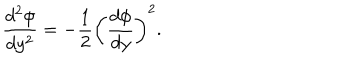
{ \frac { d ^ { 2 } \phi } { d y ^ { 2 } } } = - { \frac { 1 } { 2 } } \left( { \frac { d \phi } { d y } } \right) ^ { 2 } .